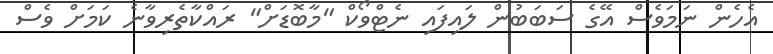
އެހެން ނަމަވެސް އޭގެ ސަބަބުން ލައިފައި ނެޓްވޯކް "މާބޮޑަށް" ރައްކާތެރިވާނެ ކަމަށް ވެސް